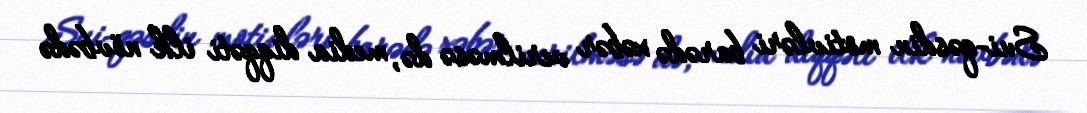
Sui-qəsdin motivləri barədə xəbər verilməsə də, media diqqəti ilk növbədə